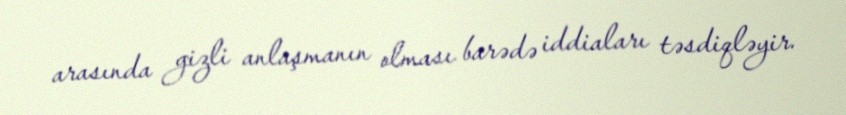
arasında gizli anlaşmanın olması barədə iddiaları təsdiqləyir.